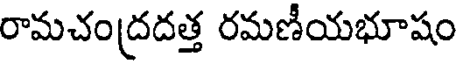
రామచంద్రదత్త రమణీయభూషం